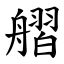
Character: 䒁